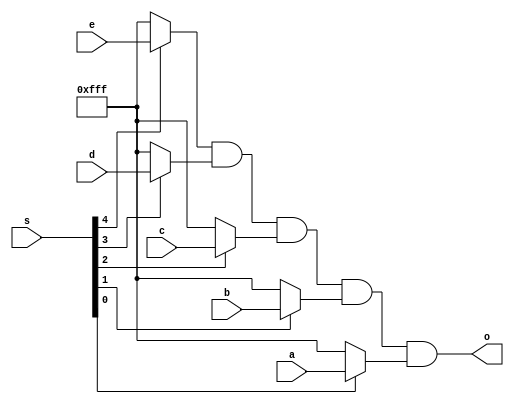
/* ============================================================================
	(C) 2007  Robert Finch
	All rights reserved.

	bcPSGNoteOutMux.v
	Version 1.0

    This source code is available for evaluation and validation purposes
    only. This copyright statement and disclaimer must remain present in
    the file.


	NO WARRANTY.
    THIS Work, IS PROVIDEDED "AS IS" WITH NO WARRANTIES OF ANY KIND, WHETHER
    EXPRESS OR IMPLIED. The user must assume the entire risk of using the
    Work.

    IN NO EVENT SHALL THE AUTHOR OR CONTRIBUTORS BE LIABLE FOR ANY
    INCIDENTAL, CONSEQUENTIAL, OR PUNITIVE DAMAGES WHATSOEVER RELATING TO
    THE USE OF THIS WORK, OR YOUR RELATIONSHIP WITH THE AUTHOR.

    IN ADDITION, IN NO EVENT DOES THE AUTHOR AUTHORIZE YOU TO USE THE WORK
    IN APPLICATIONS OR SYSTEMS WHERE THE WORK'S FAILURE TO PERFORM CAN
    REASONABLY BE EXPECTED TO RESULT IN A SIGNIFICANT PHYSICAL INJURY, OR IN
    LOSS OF LIFE. ANY SUCH USE BY YOU IS ENTIRELY AT YOUR OWN RISK, AND YOU
    AGREE TO HOLD THE AUTHOR AND CONTRIBUTORS HARMLESS FROM ANY CLAIMS OR
    LOSSES RELATING TO SUCH UNAUTHORIZED USE.

	
	Selects from one of five waveforms for output. Selected waveform
	outputs are anded together. This is approximately how the
	original SID worked.

	Spartan3
	Webpack 9.1i xc3s1000-4ft256
	36 LUTs / 21 slices / 11ns
============================================================================ */

module PSGNoteOutMux(s, a, b, c, d, e, o);
parameter WID = 12;
input [4:0] s;
input [WID-1:0] a,b,c,d,e;
output [WID-1:0] o;

wire [WID-1:0] o1,o2,o3,o4,o5;

assign o1 = s[4] ? e : {WID{1'b1}};
assign o2 = s[3] ? d : {WID{1'b1}};
assign o3 = s[2] ? c : {WID{1'b1}};
assign o4 = s[1] ? b : {WID{1'b1}};
assign o5 = s[0] ? a : {WID{1'b1}};

assign o = o1 & o2 & o3 & o4 & o5;

endmodule